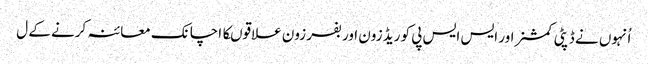
اُنہوں نے ڈپٹی کمشنر اور ایس ایس پی کو ریڈ زون اور بفر زون علاقوںکا اچانک معائنہ کرنے کے ل